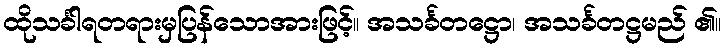
ထိုသင်္ခါရတရားမှပြန်သောအားဖြင့်။ အသင်္ခတဋ္ဌော၊ အသင်္ခတဋ္ဌမည် ၏။